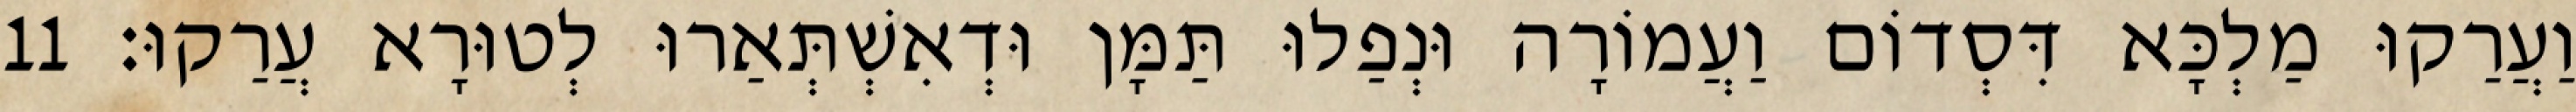
וַעֲרַקוּ מַלְכָּא דִּסְדוֹם וַעֲמוֹרָה וּנְפַלוּ תַּמָּן וּדְאִשְׁתְּאַרוּ לְטוּרָא עֲרַקוּ׃ 11